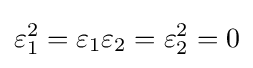
\varepsilon _{1}^{2}=\varepsilon _{1}\varepsilon _{2}=\varepsilon _{2}^{2}=0